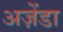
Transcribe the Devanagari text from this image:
अज़ेंडा